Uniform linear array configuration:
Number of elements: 8
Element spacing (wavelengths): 0.25
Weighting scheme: hann
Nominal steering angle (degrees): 60
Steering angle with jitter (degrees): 60.811
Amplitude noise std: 0.05
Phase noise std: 0.05

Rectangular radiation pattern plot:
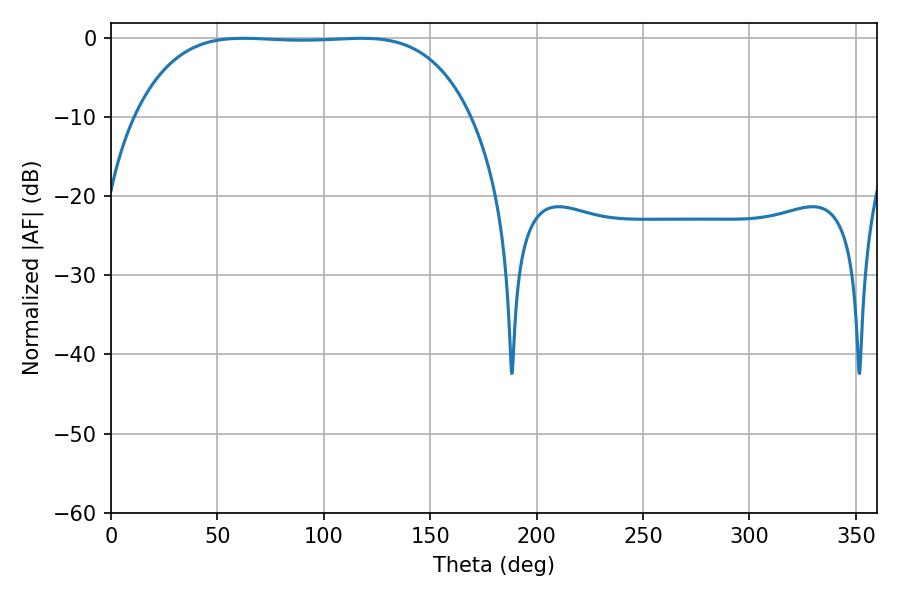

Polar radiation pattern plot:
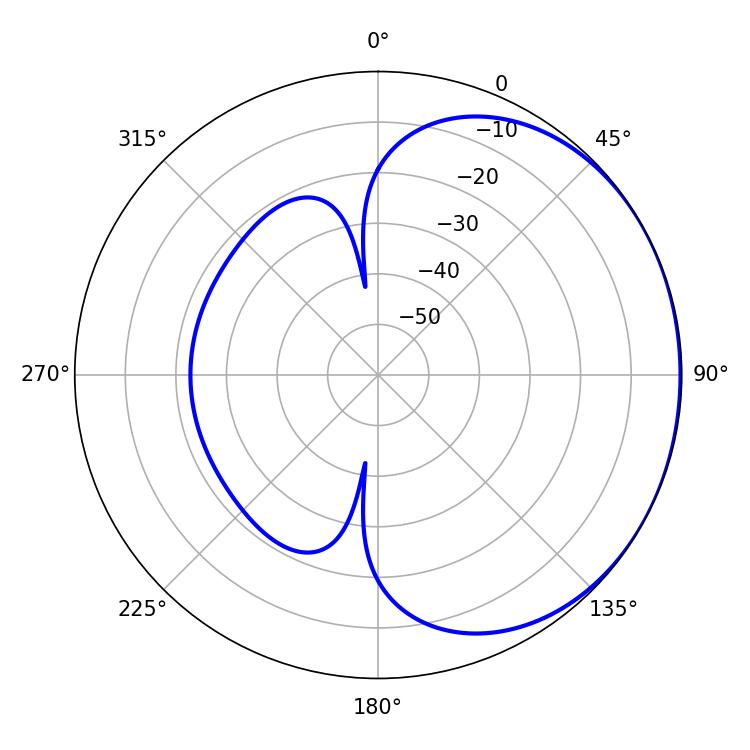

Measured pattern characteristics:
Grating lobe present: FALSE
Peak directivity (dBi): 0.7782
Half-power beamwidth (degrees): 122.76
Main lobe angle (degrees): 62.1